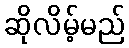
ဆိုလိမ့်မည်